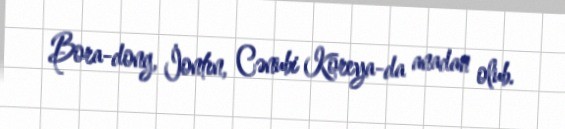
Bora-dong, İontın, Cənubi Koreya-da anadan olub.